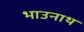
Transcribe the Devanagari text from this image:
भाउनाथ